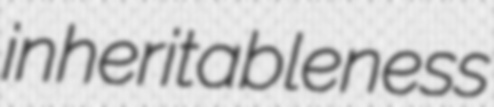
inheritableness